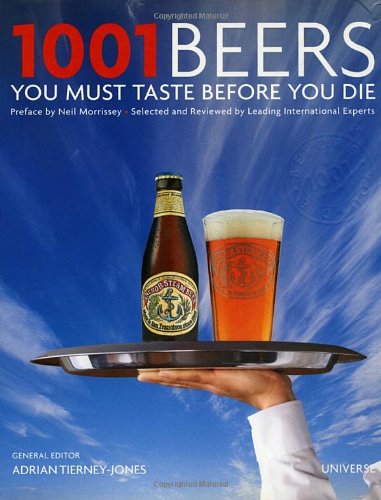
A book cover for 1001 Beers You Must Taste Before You Die (1001 (Universe)); Cookbooks, Food & Wine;